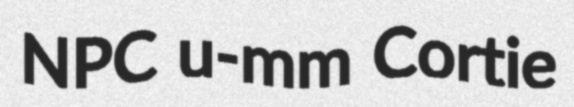
NPC u-mm Cortie